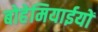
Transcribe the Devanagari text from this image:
बोहेमियाईयों